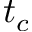
t _ { c }